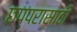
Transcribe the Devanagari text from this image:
छप्परासाठी